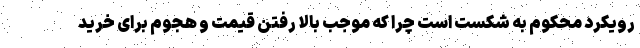
رویکرد محکوم به شکست است چرا که موجب بالا رفتن قیمت و هجوم برای خرید